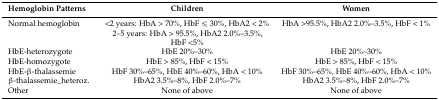
<table><thead><tr><td><b>Hemoglobin Patterns</b></td><td><b>Children</b></td><td><b>Women</b></td></tr></thead><tbody><tr><td>Normal hemoglobin</td><td>&lt;2 years: HbA &gt; 70%, HbF ≤ 30%, HbA2 &lt; 2%</td><td>HbA &gt;95.5%, HbA2 2.0%–3.5%, HbF &lt; 1%</td></tr><tr><td></td><td>2–5 years: HbA &gt; 95.5%, HbA2 2.0%–3.5%, HbF &lt;5%</td><td></td></tr><tr><td>HbE-heterozygote</td><td>HbE 20%–30%</td><td>HbE 20%–30%</td></tr><tr><td>HbE-homozygote</td><td>HbE &gt; 85%, HbF &lt; 15%</td><td>HbE &gt; 85%, HbF &lt; 15%</td></tr><tr><td>HbE-β-thalassemie</td><td>HbF 30%–65%, HbE 40%–60%, HbA &lt; 10%</td><td>HbF 30%–65%, HbE 40%–60%, HbA &lt; 10%</td></tr><tr><td>β-thalassemie_heteroz.</td><td>HbA2 3.5%–8%, HbF 2.0%–7%</td><td>HbA2 3.5%–8%, HbF 2.0%–7%</td></tr><tr><td>Other</td><td>None of above</td><td>None of above</td></tr></tbody></table>